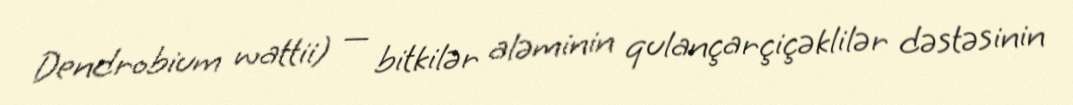
Dendrobium wattii) — bitkilər aləminin qulançarçiçəklilər dəstəsinin